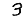
Digit: 3